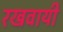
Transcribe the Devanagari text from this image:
रखवायी